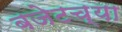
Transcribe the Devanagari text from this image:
बजेटच्या